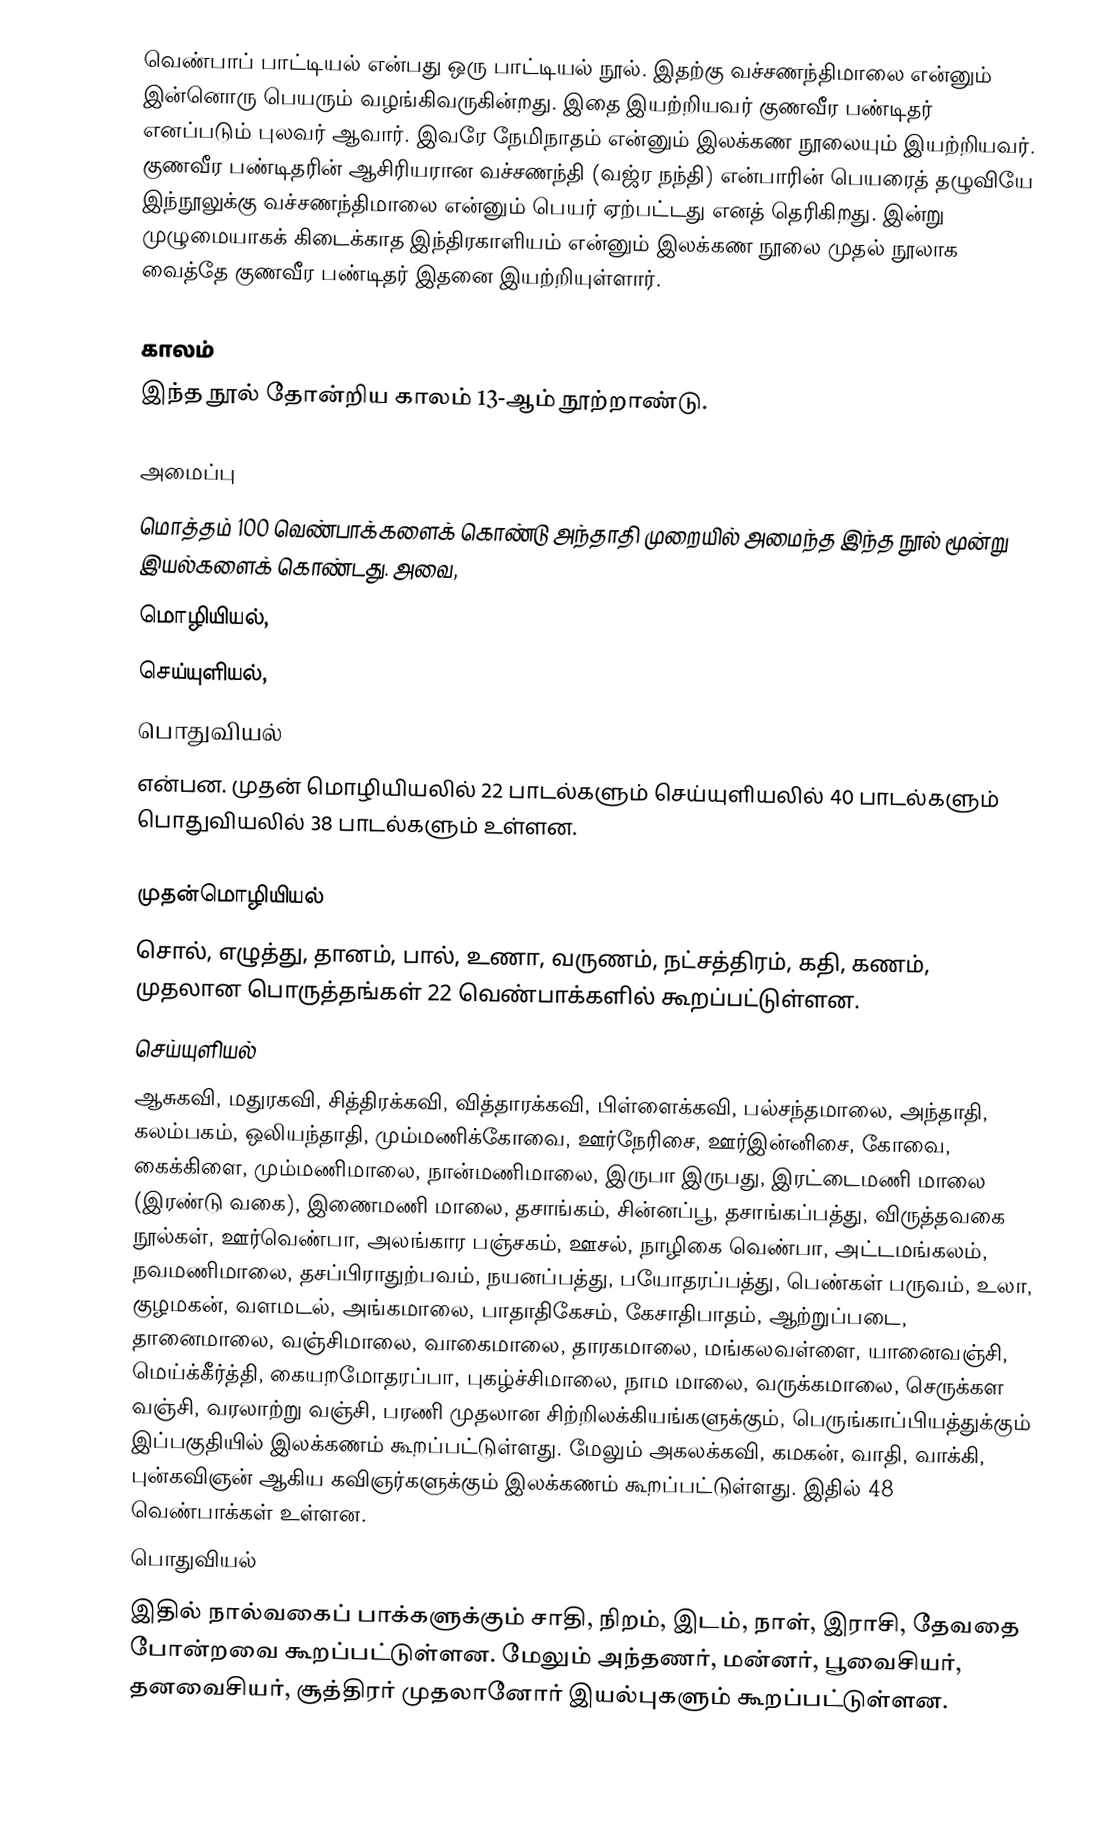
வெண்பாப் பாட்டியல் என்பது ஒரு பாட்டியல் நூல். இதற்கு வச்சணந்திமாலை என்னும் இன்னொரு பெயரும் வழங்கிவருகின்றது. இதை இயற்றியவர் குணவீர பண்டிதர் எனப்படும் புலவர் ஆவார். இவரே நேமிநாதம் என்னும் இலக்கண நூலையும் இயற்றியவர். குணவீர பண்டிதரின் ஆசிரியரான வச்சணந்தி (வஜ்ர நந்தி) என்பாரின் பெயரைத் தழுவியே இந்நூலுக்கு வச்சணந்திமாலை என்னும் பெயர் ஏற்பட்டது எனத் தெரிகிறது. இன்று முழுமையாகக் கிடைக்காத இந்திரகாளியம் என்னும் இலக்கண நூலை முதல் நூலாக வைத்தே குணவீர பண்டிதர் இதனை இயற்றியுள்ளார்.

காலம்
இந்த நூல் தோன்றிய காலம் 13-ஆம் நூற்றாண்டு.

அமைப்பு
மொத்தம் 100 வெண்பாக்களைக் கொண்டு அந்தாதி முறையில் அமைந்த இந்த நூல் மூன்று இயல்களைக் கொண்டது. அவை,
 மொழியியல்,
 செய்யுளியல்,
 பொதுவியல்
என்பன. முதன் மொழியியலில் 22 பாடல்களும் செய்யுளியலில் 40 பாடல்களும் பொதுவியலில் 38 பாடல்களும் உள்ளன.

முதன்மொழியியல்
சொல், எழுத்து, தானம், பால், உணா, வருணம், நட்சத்திரம், கதி, கணம், முதலான பொருத்தங்கள் 22 வெண்பாக்களில் கூறப்பட்டுள்ளன.
செய்யுளியல்
ஆசுகவி, மதுரகவி, சித்திரக்கவி, வித்தாரக்கவி, பிள்ளைக்கவி, பல்சந்தமாலை, அந்தாதி, கலம்பகம், ஒலியந்தாதி, மும்மணிக்கோவை, ஊர்நேரிசை, ஊர்இன்னிசை, கோவை, கைக்கிளை, மும்மணிமாலை, நான்மணிமாலை, இருபா இருபது, இரட்டைமணி மாலை (இரண்டு வகை), இணைமணி மாலை, தசாங்கம், சின்னப்பூ, தசாங்கப்பத்து, விருத்தவகை நூல்கள், ஊர்வெண்பா, அலங்கார பஞ்சகம், ஊசல், நாழிகை வெண்பா, அட்டமங்கலம், நவமணிமாலை, தசப்பிராதுற்பவம், நயனப்பத்து, பயோதரப்பத்து, பெண்கள் பருவம், உலா, குழமகன், வளமடல், அங்கமாலை, பாதாதிகேசம், கேசாதிபாதம், ஆற்றுப்படை, தானைமாலை, வஞ்சிமாலை, வாகைமாலை, தாரகமாலை, மங்கலவள்ளை, யானைவஞ்சி, மெய்க்கீர்த்தி, கையறமோதரப்பா, புகழ்ச்சிமாலை, நாம மாலை, வருக்கமாலை, செருக்கள வஞ்சி, வரலாற்று வஞ்சி, பரணி முதலான சிற்றிலக்கியங்களுக்கும், பெருங்காப்பியத்துக்கும் இப்பகுதியில் இலக்கணம் கூறப்பட்டுள்ளது. மேலும் அகலக்கவி, கமகன், வாதி, வாக்கி, புன்கவிஞன் ஆகிய கவிஞர்களுக்கும் இலக்கணம் கூறப்பட்டுள்ளது.  இதில் 48 வெண்பாக்கள் உள்ளன.
பொதுவியல்
இதில் நால்வகைப் பாக்களுக்கும் சாதி, நிறம், இடம், நாள், இராசி, தேவதை போன்றவை கூறப்பட்டுள்ளன. மேலும் அந்தணர், மன்னர், பூவைசியர், தனவைசியர், சூத்திரர் முதலானோர் இயல்புகளும் கூறப்பட்டுள்ளன.